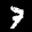
Label: 7